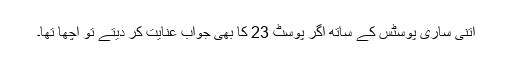
اتنی ساری پوسٹس کے ساتھ اگر پوسٹ 23 کا بھی جواب عنایت کر دیتے تو اچھا تھا۔